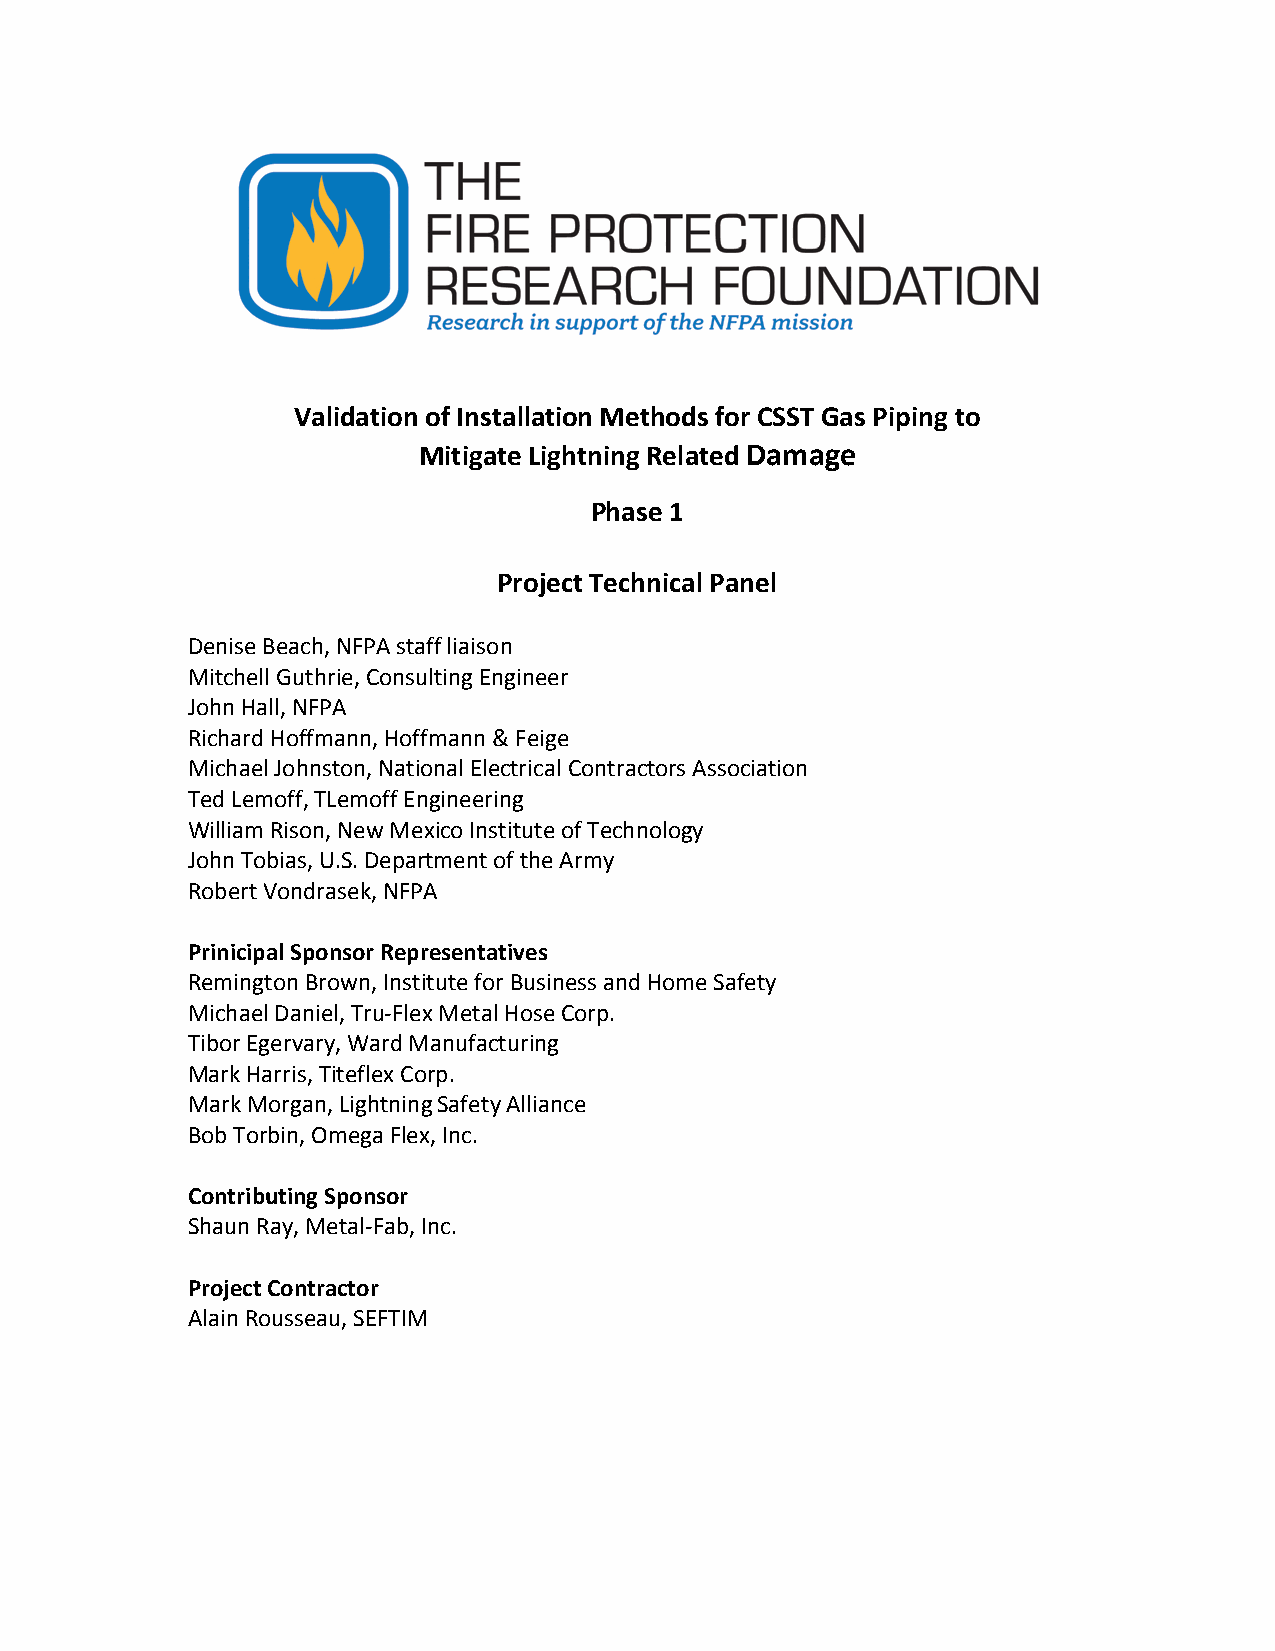
Validation of Installation Methods for CSST Gas Piping to
 Mitigate Lightning Related Damage
 Phase 1
 Project Technical Panel
 Denise Beach, NFPA staff liaison
 Mitchell Guthrie, Consulting Engineer
 John Hall, NFPA
 Richard Hoffmann, Hoffmann & Feige
 Michael Johnston, National Electrical Contractors Association
 Ted Lemoff, TLemoff Engineering
 William Rison, New Mexico Institute of Technology
 John Tobias, U.S. Department of the Army
 Robert Vondrasek, NFPA
 Prinicipal Sponsor Representatives
 Remington Brown, Institute for Business and Home Safety
 Michael Daniel, Tru-Flex Metal Hose Corp.
 Tibor Egervary, Ward Manufacturing
 Mark Harris, Titeflex Corp.
 Mark Morgan, Lightning Safety Alliance
 Bob Torbin, Omega Flex, Inc.
 Contributing Sponsor
 Shaun Ray, Metal-Fab, Inc.
 Project Contractor
 Alain Rousseau, SEFTIM